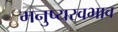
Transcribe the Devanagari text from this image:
मनुष्यस्वभाव